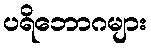
ပရိဘောဂများ